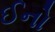
ઈનો